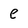
Character: e